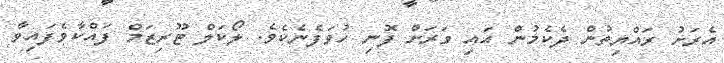
އެރަށު ރައްޔިތުން ދެކެމުން އައި ވަރަށް ފޮނި ހުވަފެނެކެވެ. ލޯކަލް ޓޫރިޒަމް ފައްކާވެފައިވާ